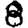
Digit: 8